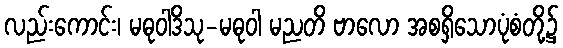
လည်းကောင်း၊ မဓုဝါဒိသု-မဓုဝါ မညတိ ဗာလော အစရှိသောပုံစံတို့၌